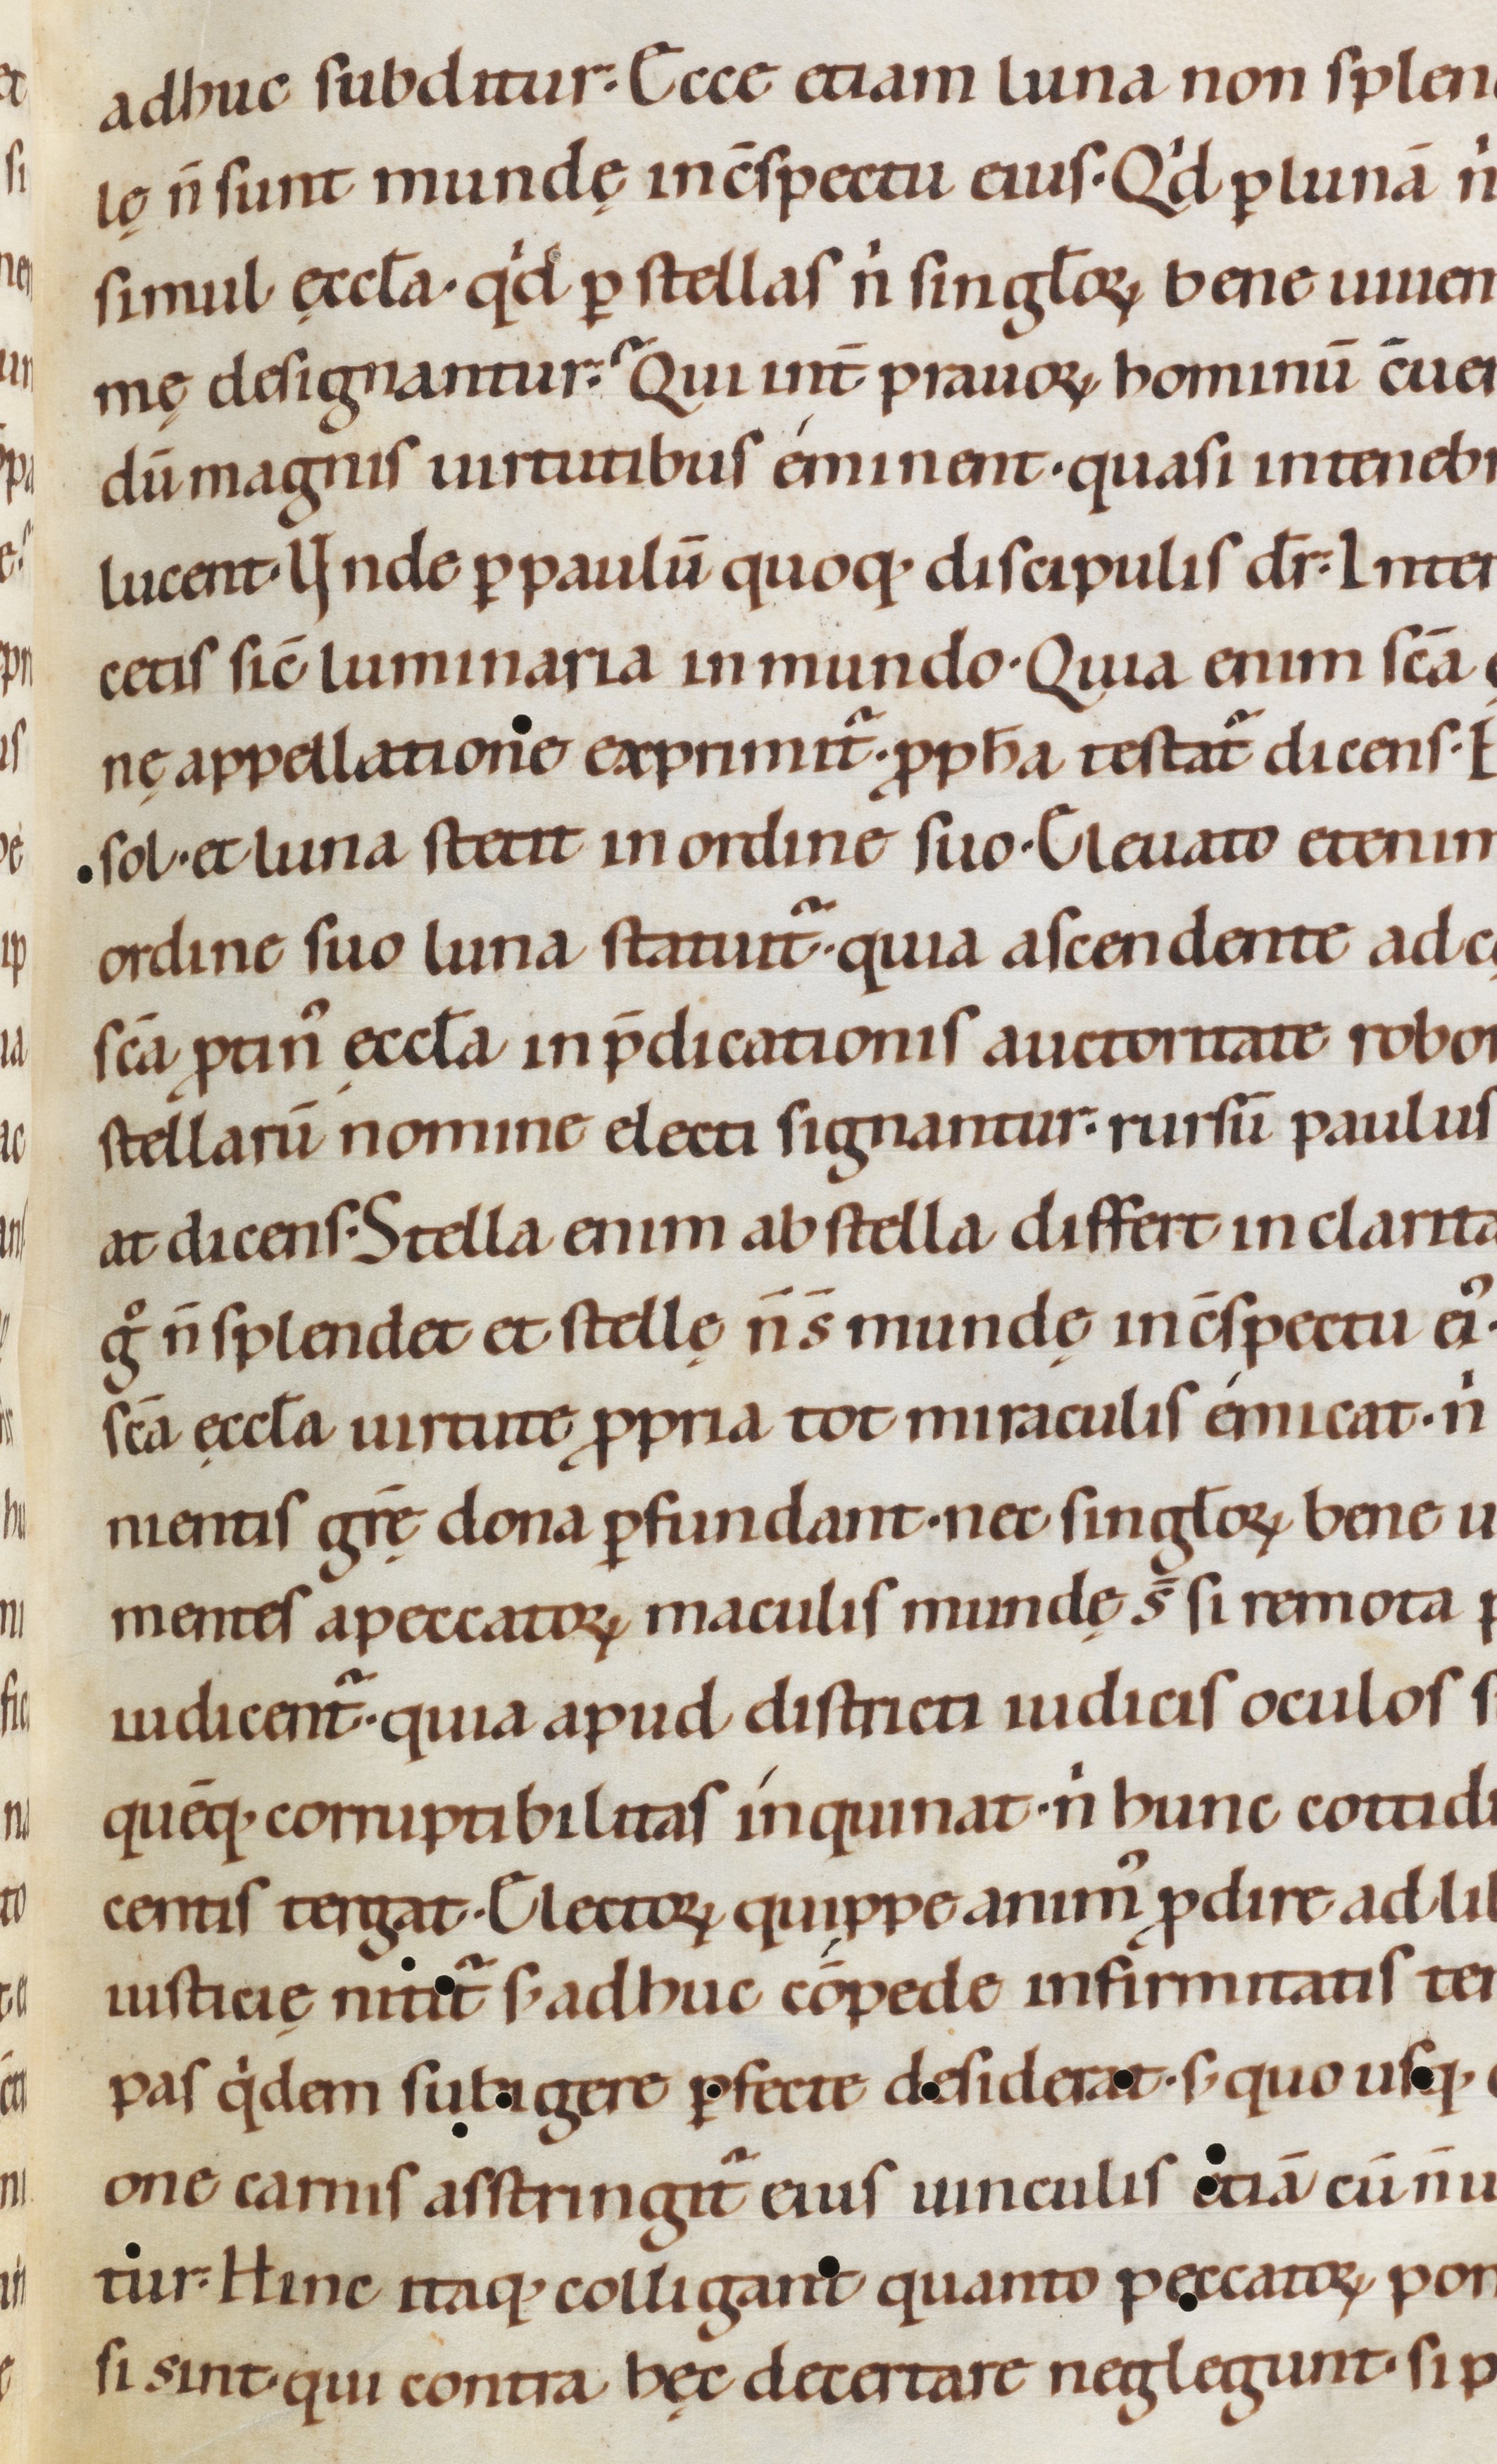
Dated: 1080–1096